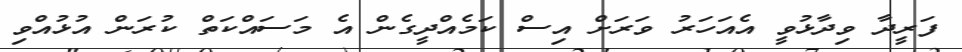
ފަރީދާ ވިދާޅުވީ އެއަހަރު ވަރަށް އިސް ކަމެއްދީގެން އެ މަސައްކަތް ކުރަން އުޅުއްވި